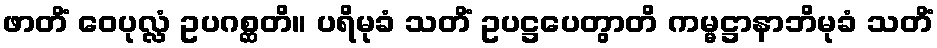
ဖာတိံ ဝေပုလ္လံ ဥပဂစ္ဆတိ။ ပရိမုခံ သတိံ ဥပဋ္ဌပေတွာတိ ကမ္မဋ္ဌာနာဘိမုခံ သတိံ